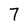
Character: 7